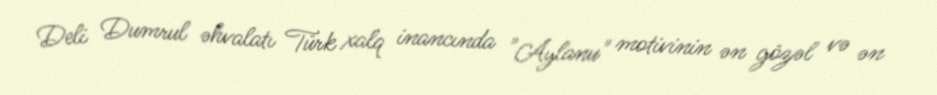
Deli Dumrul əhvalatı Türk xalq inancında "Aylanu" motivinin ən gözəl və ən